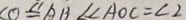
C O \leq A B \angle A O C = \angle 2